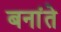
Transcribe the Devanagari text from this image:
बनांते